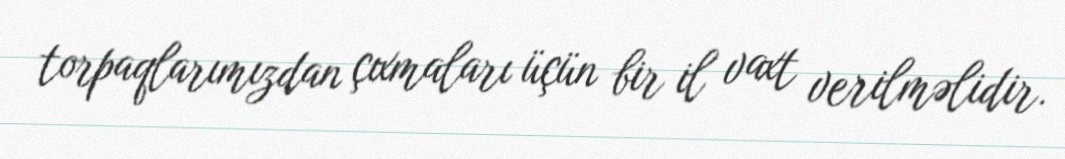
torpaqlarımızdan çıxmaları üçün bir il vaxt verilməlidir.